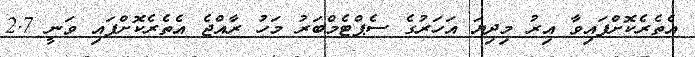
އެތެރެކޮށްފައިވާ އިރު މިދިޔަ އަހަރުގެ ސެޕްޓެމްބަރު މަހު ރާއްޖެ އެތެރެކޮށްފައި ވަނީ 2.7